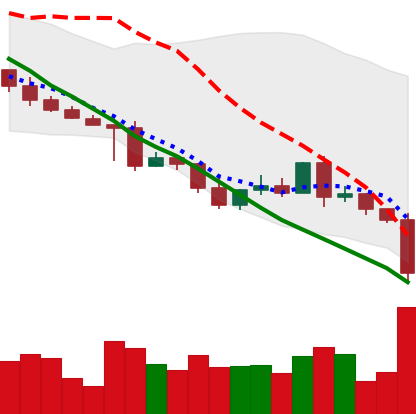
Ticker: XRP-USD
Chart end date: 2022-05-09
Forward return: -13.22%
Label: down_7plus